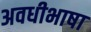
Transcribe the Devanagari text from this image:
अवधीभाषा